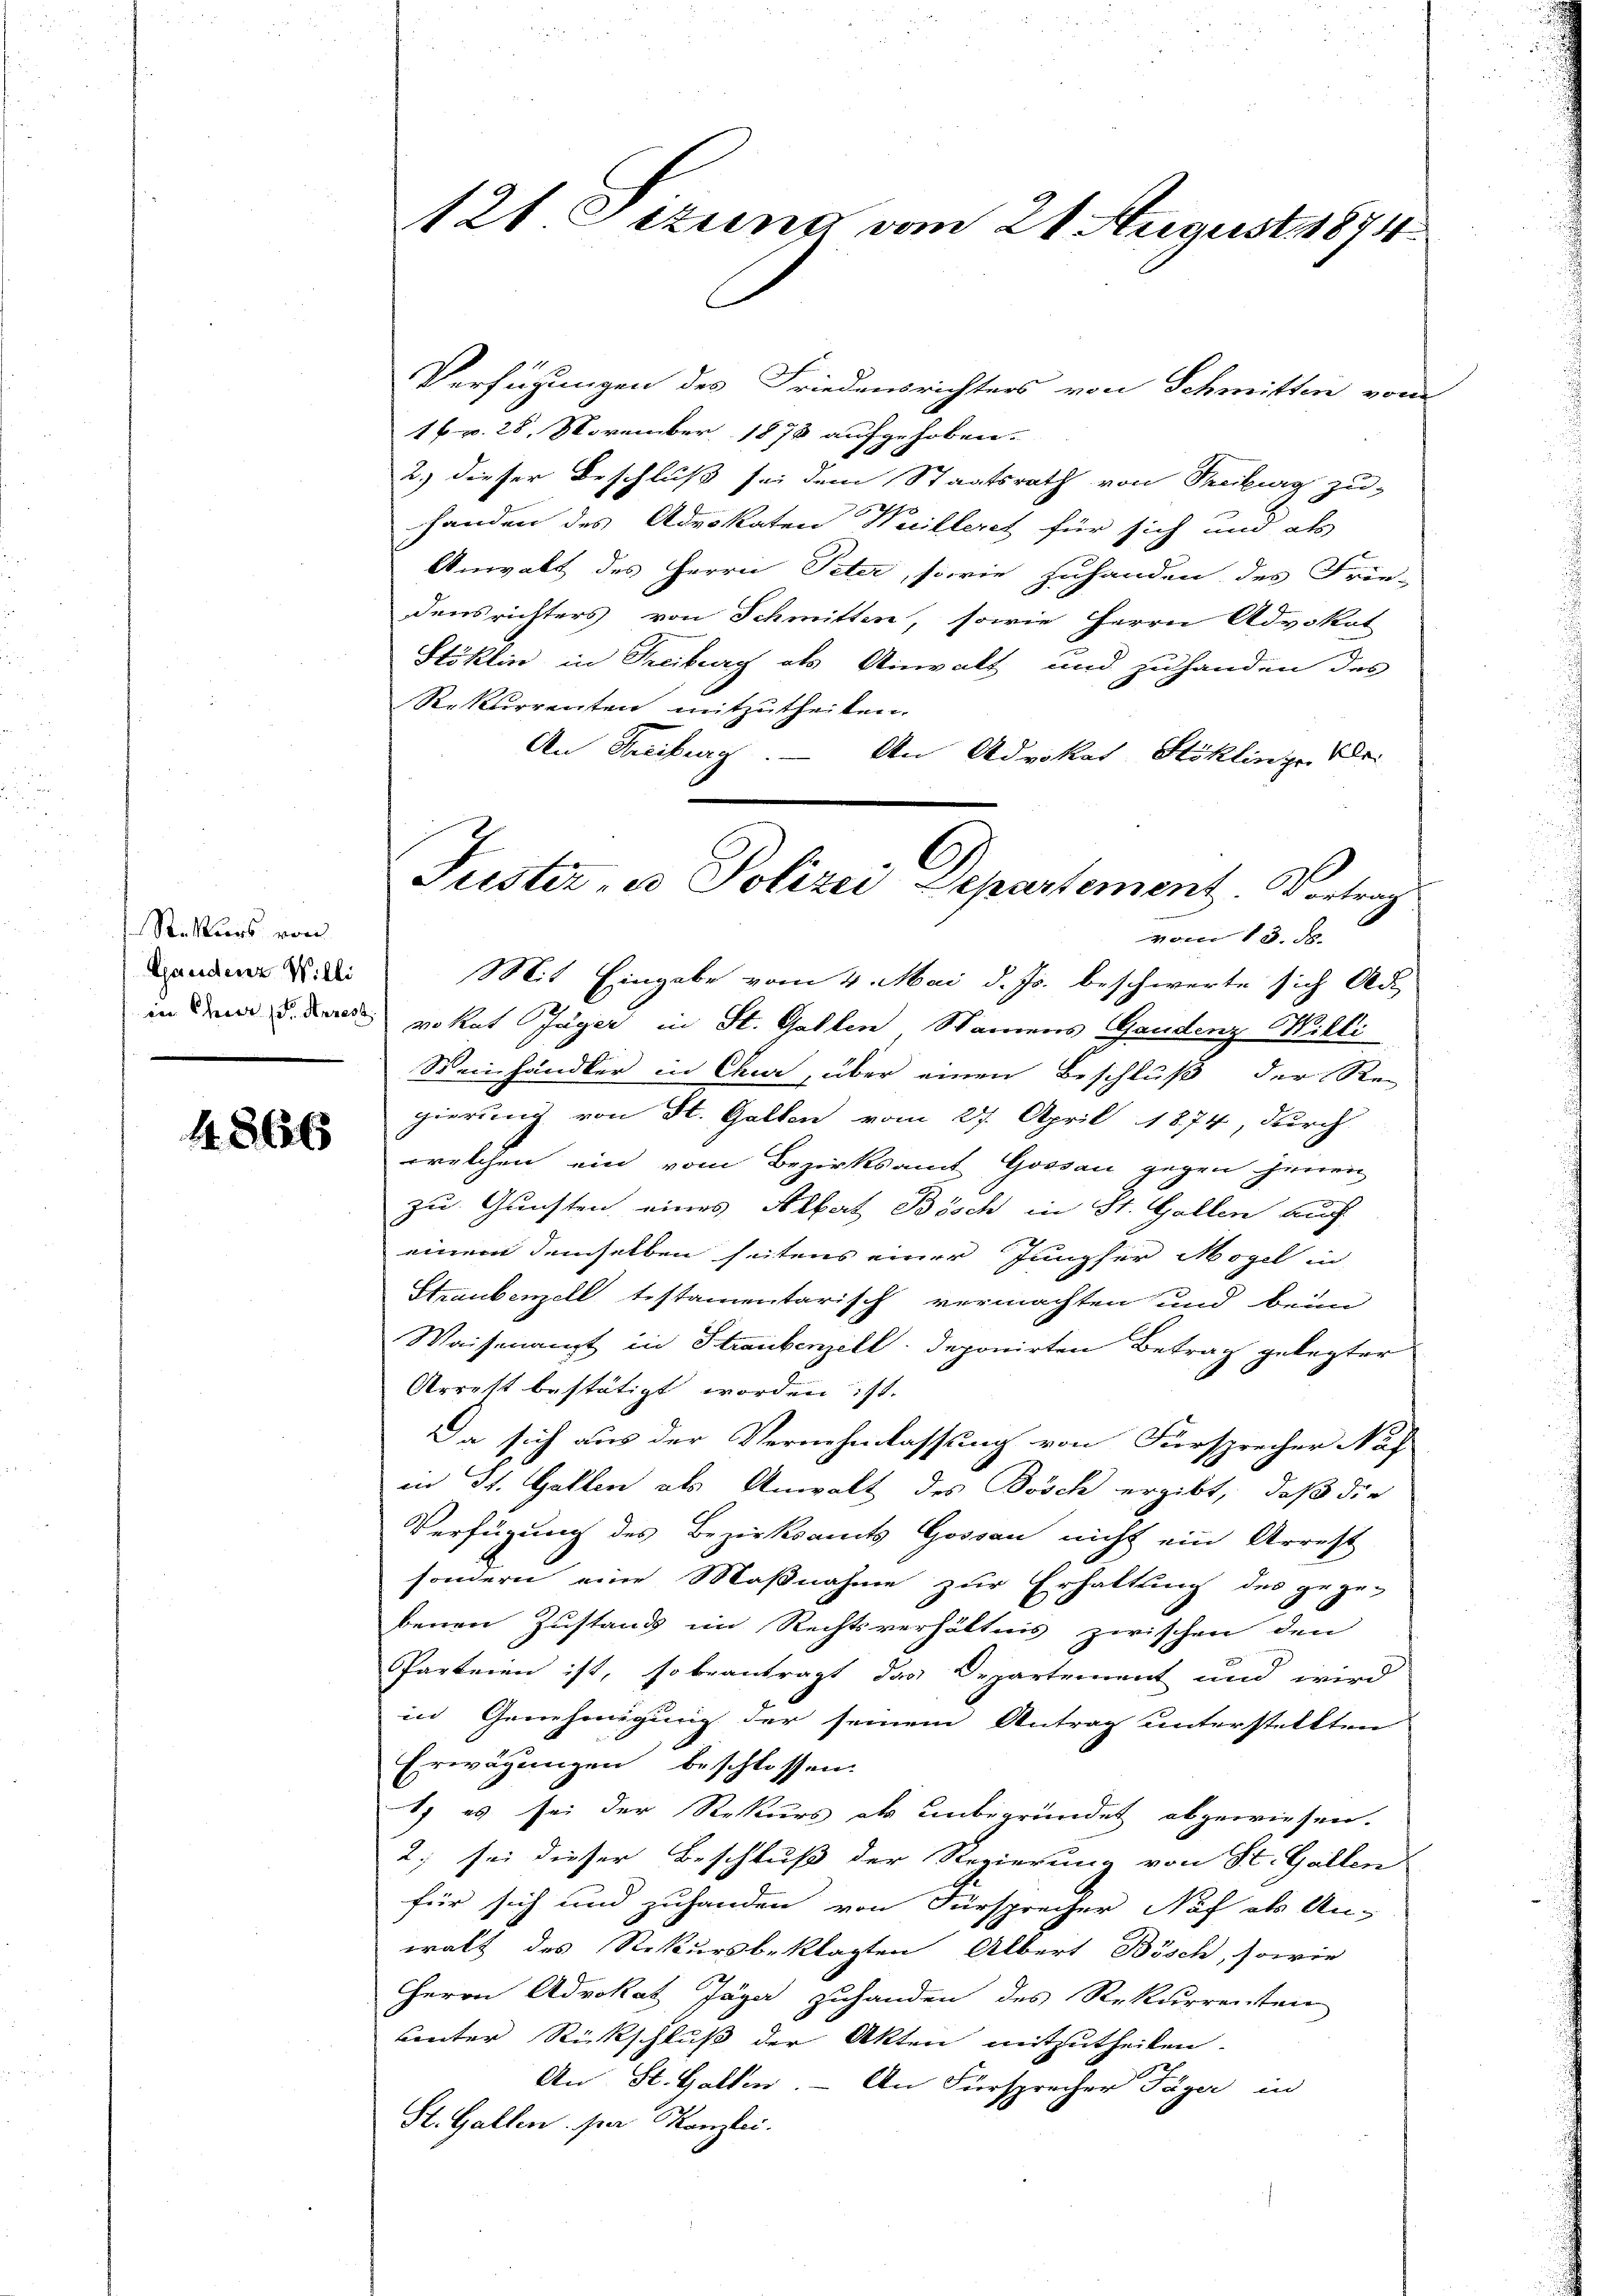
Siehers von
Gandenz Willi

480x

121. Sitzung vom 21. August 1874

Verführungen des Friedensrichters von Schmitten vom
16 v. 28. November 1878 aufgehoben.
2.) dieser Beschluß sei dem Staatsrath von Treiburg zu
handen des Advokaten Weilleret für sich und als
Anwalt des Herrn Peter, sowie zuhanden des Frie-
densrichters von Schmitten, sowie Herrn Advokat
Stöklin in Freiburg als Anwalt und zuhanden des
Rekurrenten mitzutheilen.
An Freiburg. — An Advokat Stoklinge Klei
Mit Eingabe vom 4. Mai d. Js. beschwerte sich Ad
in den u. den vokat Jäger in St. Gallen, Namens Gandenz Willi
Weinhändler in Chur, über einen Beschluß der Re-
gierung von St. Gallen vom 27. April 1874, durch
welchen ein vom Bezirksamt Gossau gegen jenen
zu Gunsten eines Albert Bösch in St. Gallen auch
einem demselben seitens einer Jungfer Mögel in
Straubenzell testamentarisch vermachten und beim
Waisenanzt in Straubenzell deponirten Betrag gelegter
Arrest bestätigt worden ist.
Da sich aus der Vernehmlassung von Fürsprecher Naf
in St. Gallen als Anwalt des Bösch ergibt, daß die
Verfügung des Bezirksamts Gossau nicht ein Arrest
sondern eine Maßnahme zur Erhaltung des gege-
benen Zustand im Rechtsverhältnis zwischen den
Parteien ist, so beantragt das Departement und wird
in Genehmigung der seinem Antrag unterstellten
Erwägungen beschlossen.
1) es sei der Rekurs als unbegründet abgewiesen.
2; sei dieser Beschluß der Regierung von St. Gallen
für sich und zuhanden von Fürsprecher Nach als An-
walt des Rekursbeklagten Albert Bösch, sowie
Herrn Advokat Jäge zuhanden des Rekurrenten
uunter Rückschluß der Akten mitzutheilen.
An St. Gallen. – An Fürsprecher Täger in
St. Gallen par Kanzlei.

Justiz, es Polizei Departement. Vortrag
vom 15. d.